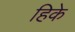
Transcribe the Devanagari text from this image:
हिके